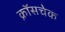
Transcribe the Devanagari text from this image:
क्रॉसचेक